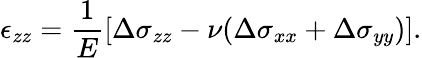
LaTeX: \epsilon_{zz}=\frac{1}{E}\left[\Delta\sigma_{zz}-\nu(\Delta\sigma_{xx}+\Delta\sigma_{yy})\right].